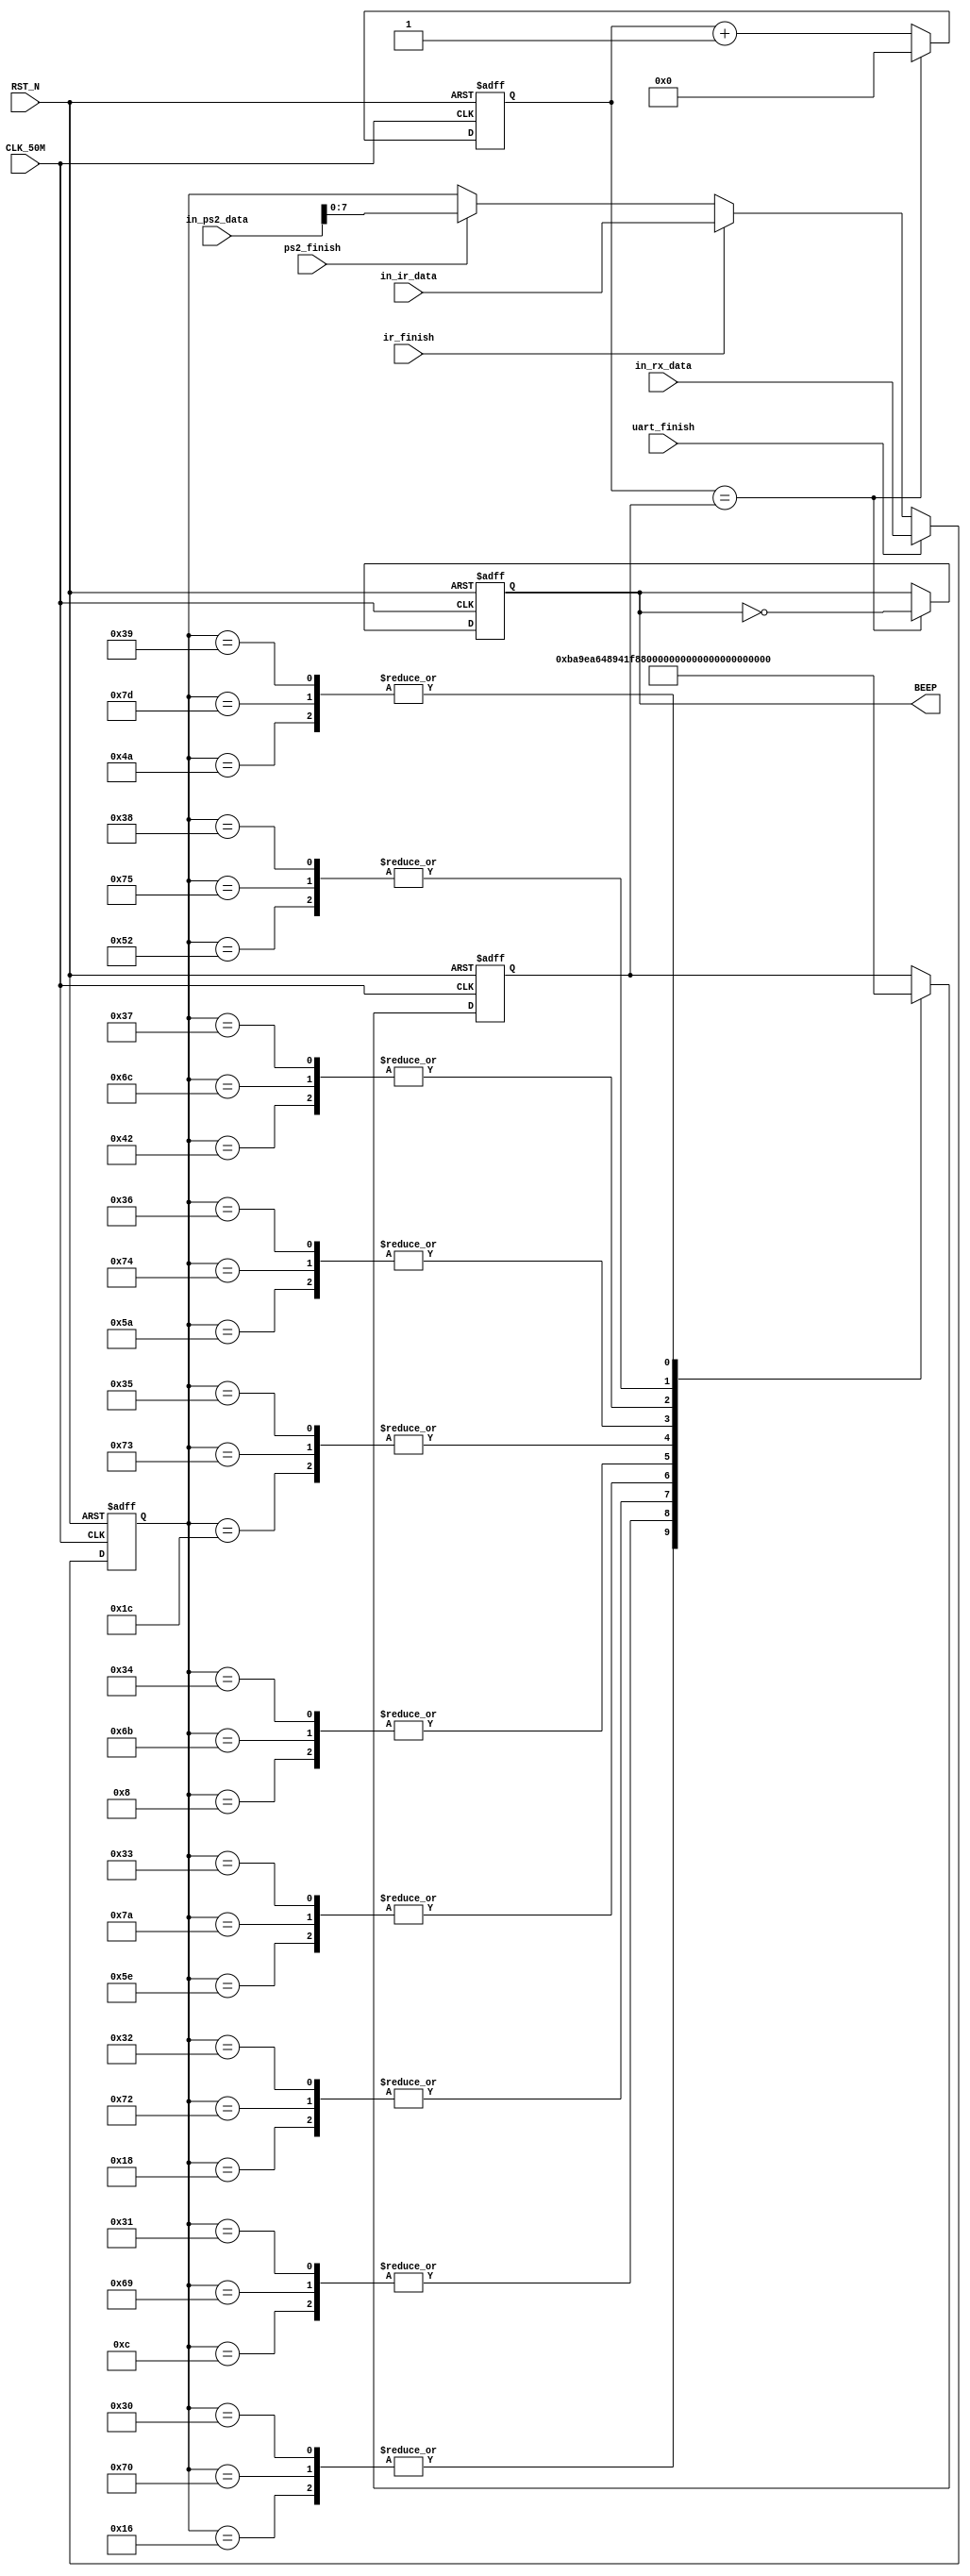
//---------------------------------------------------------------------------
//--			:	Beep_Module.v
//--			:	ZIRCON
//--			:	
//--		:	2014-1-1
//---------------------------------------------------------------------------
module Beep_Module
(
	//
	CLK_50M,RST_N,in_rx_data,in_ir_data,in_ps2_data,
	uart_finish,ir_finish,ps2_finish,
	//
	BEEP
);

//---------------------------------------------------------------------------
//--	
//---------------------------------------------------------------------------
input					CLK_50M;					//,50MHz
input					RST_N;					//,
input 	[ 7:0] 	in_rx_data;				//
input 	[ 7:0]	in_ir_data;				//
input	 	[15:0]	in_ps2_data;			//PS2
input					uart_finish;			//	
input					ir_finish;				//
input					ps2_finish;				//PS/2
output				BEEP;						//

//---------------------------------------------------------------------------
//--	
//---------------------------------------------------------------------------
reg		[15:0]	time_cnt;				//
reg		[15:0]	time_cnt_n;				//time_cnt
reg		[15:0]	freq;						//
reg		[15:0]	freq_n;					//
reg					beep_reg;				//
reg					beep_reg_n;				//beep_reg
reg		[ 7:0]	temp_data;				//PS/2
reg		[ 7:0]	temp_data_n;			//temp_data
	
//---------------------------------------------------------------------------
//--		
//---------------------------------------------------------------------------
//time_cnt
always @ (posedge CLK_50M or negedge RST_N)
begin
	if(!RST_N)									//
		time_cnt <= 16'b0;						//time_cnt
	else
		time_cnt <= time_cnt_n;				//time_cnt
end

//,, 
always @ (*)
begin
	if(time_cnt == freq)						//
		time_cnt_n = 16'b0;					//
	else
		time_cnt_n = time_cnt + 1'b1;		//

end

//beep_reg
always @ (posedge CLK_50M or negedge RST_N)
begin
	if(!RST_N)									//
		beep_reg <= 1'b0;						//beep_reg
	else
		beep_reg <= beep_reg_n;				//beep_reg
end

//,,
always @ (*)
begin
	if(time_cnt == freq)						//
		beep_reg_n = ~beep_reg;				//
	else
		beep_reg_n = beep_reg;				//
end

//temp_data
always @ (posedge CLK_50M or negedge RST_N)
begin
	if(!RST_N)									//
		temp_data <= 8'b0;					//temp_data
	else
		temp_data <= temp_data_n;			//temp_data
end

//PS/2
always @ (*)
begin
	if(uart_finish)							//
		temp_data_n = in_rx_data;			//temp_data
	else if(ir_finish)						//
		temp_data_n = in_ir_data;			//temp_data
	else if(ps2_finish)						//PS2
		temp_data_n = in_ps2_data;			//PS2temp_data
	else
		temp_data_n = temp_data;			//,
end

//beep_reg
always @ (posedge CLK_50M or negedge RST_N)
begin
	if(!RST_N)									//
		freq <= 16'b0;							//beep_reg
	else
		freq <= freq_n;						//beep_reg
end

//
//do523.3hzfreq = 50 * 10^6 / (523 * 2) = 47774
always @ (*)
begin
	case(temp_data)
		8'h16: freq_n = 16'd0;				//,
		8'h0C: freq_n = 16'd47774; 		//1262Hz
		8'h18: freq_n = 16'd42568; 		//2587.3Hz
		8'h5E: freq_n = 16'd37919; 		//3659.3Hz
		8'h08: freq_n = 16'd35791; 		//4698.5Hz
		8'h1C: freq_n = 16'd31888; 		//5784Hz
		8'h5A: freq_n = 16'd28409; 		//6880Hz
		8'h42: freq_n = 16'd25309; 		//7987.8Hz
		8'h52: freq_n = 16'd23889; 		//11046.5Hz
		8'h4A: freq_n = 16'd21276; 		//21175Hz
		8'h70: freq_n = 16'd0;				//PS,
		8'h69: freq_n = 16'd47774; 		//1262Hz
		8'h72: freq_n = 16'd42568; 		//2587.3Hz
		8'h7A: freq_n = 16'd37919; 		//3659.3Hz
		8'h6B: freq_n = 16'd35791; 		//4698.5Hz
		8'h73: freq_n = 16'd31888; 		//5784Hz
		8'h74: freq_n = 16'd28409; 		//6880Hz
		8'h6C: freq_n = 16'd25309; 		//7987.8Hz
		8'h75: freq_n = 16'd23889; 		//11046.5Hz
		8'h7D: freq_n = 16'd21276; 		//21175Hz
		8'h30: freq_n = 16'd0;				//,
		8'h31: freq_n = 16'd47774; 		//1262Hz
		8'h32: freq_n = 16'd42568; 		//2587.3Hz
		8'h33: freq_n = 16'd37919; 		//3659.3Hz
		8'h34: freq_n = 16'd35791; 		//4698.5Hz
		8'h35: freq_n = 16'd31888; 		//5784Hz
		8'h36: freq_n = 16'd28409; 		//6880Hz
		8'h37: freq_n = 16'd25309; 		//7987.8Hz
		8'h38: freq_n = 16'd23889; 		//11046.5Hz
		8'h39: freq_n = 16'd21276; 		//21175Hz
		default: freq_n = freq;
	endcase
end

assign BEEP = beep_reg;		//,BEEP

endmodule